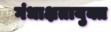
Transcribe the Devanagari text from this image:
गंधाक्षतायुक्त